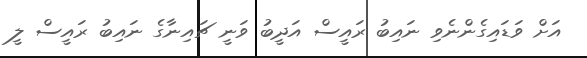
އަށް ވަޑައިގެންނެވި ނައިބު ރައީސް އަދީބު ވަނީ ޗައިނާގެ ނައިބު ރައީސް ލީ